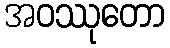
အဝဿုတော